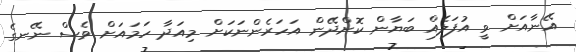
އޭނާއަށް ވީ އުފަލެއް ބަޔާން ކޮށްދޭން އަހަރެންނަކަށް މިއަދާ ހަމައަށް ވެސް ނޭނގެ